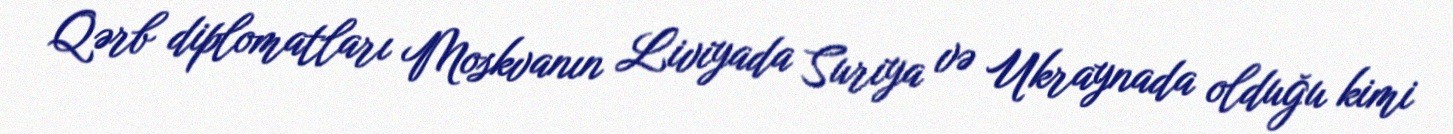
Qərb diplomatları Moskvanın Liviyada Suriya və Ukraynada olduğu kimi